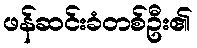
ဖန်ဆင်းခံတစ်ဦး၏